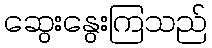
ဆွေးနွေးကြသည်